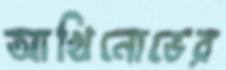
আখিনোভের